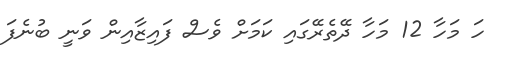
ހަ މަހާ 12 މަހާ ދޭތެރޭގައި ކަމަށް ވެސް ފައިޒާއިން ވަނީ ބުނެފަ